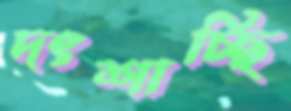
দংশাচ্ছি